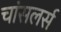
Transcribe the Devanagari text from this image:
चांसलर्स